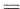
=